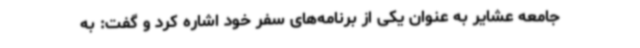
جامعه عشایر به عنوان یکی از برنامه‌های سفر خود اشاره کرد و گفت: به